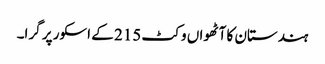
ہندستان کا آٹھواں وکٹ 215 کے اسکور پر گرا۔